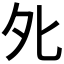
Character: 𡖅